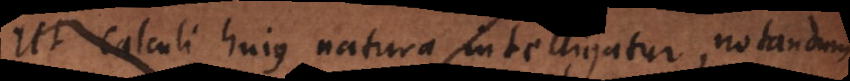
Ut calculi hujus natura intelligatur, notandum